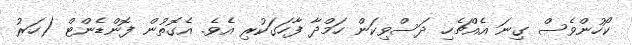
ކޯހުންވެސް ގިނަ އެއްޗެހި ދަސްވިކަން ހަމްދާ ފާހަގަކުރި އެވެ. އެގޮތުން ފޮންޑެންޓް (ހަރު